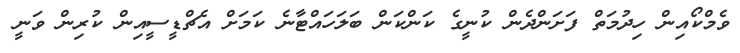
ވެމްކޯއިން ހިދުމަތް ފަށަންދެން ކުނީގެ ކަންކަން ބަލަހައްޓާނެ ކަމަށް އެޗްޑީސީއިން ކުރިން ވަނީ